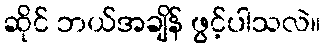
ဆိုင် ဘယ်အချိန် ဖွင့်ပါသလဲ။